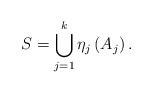
LaTeX: \begin{align*}S=\bigcup\limits _{j=1}^{k}\eta_{j}\left(A_{j}\right).\end{align*}